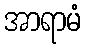
အာရာမံ